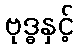
ဗုဒ္ဓနှင့်